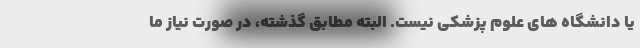
یا دانشگاه های علوم پزشکی نیست. البته مطابق گذشته، در صورت نیاز ما